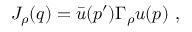
J _ { \rho } ( q ) = \bar { u } ( p ^ { \prime } ) \Gamma _ { \rho } u ( p ) \ ,